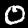
Label: 0